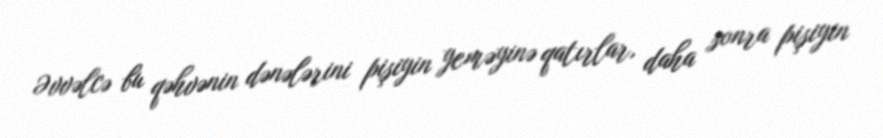
Əvvəlcə bu qəhvənin dənələrini pişiyin yeməyinə qatırlar, daha sonra pişiyin